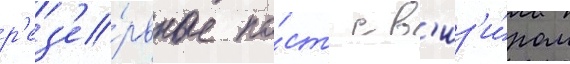
р'ез'е́рвные по́ст с в'из'и́ром